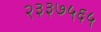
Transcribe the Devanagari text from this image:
२३३७५६५